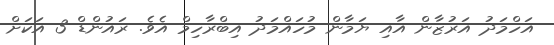
އަހްމަދު އަރުޒާން އާއި ޔަމާން މުހައްމަދު އިބްރާހިމް އެވެ. ރައުންޑް 3 އަކަށް